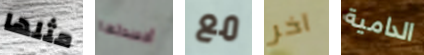
مثلها أفسدتها مع آخر الدامية